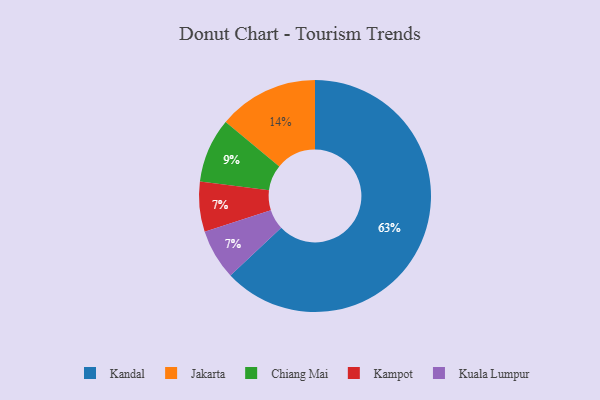
{"axis": {"x": "Category", "y": "Percentage"}, "legend": ["Chiang Mai", "Jakarta", "Kampot", "Kandal", "Kuala Lumpur"], "data": [{"x": "Kampot", "y": 7, "type": "Kampot"}, {"x": "Chiang Mai", "y": 9, "type": "Chiang Mai"}, {"x": "Jakarta", "y": 14, "type": "Jakarta"}, {"x": "Kuala Lumpur", "y": 7, "type": "Kuala Lumpur"}, {"x": "Kandal", "y": 63, "type": "Kandal"}]}